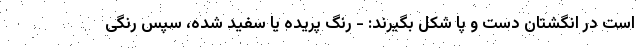
است در انگشتان دست و پا شکل بگیرند: - رنگ پریده یا سفید شده، سپس رنگی